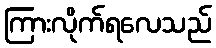
ကြားလိုက်ရလေသည်